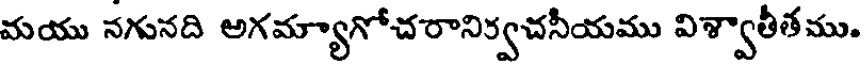
మయు నగునది అగమ్యాగోచరానిర్వచనీయము విశ్వాతీతము.